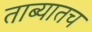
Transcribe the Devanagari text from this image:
ताब्यातच